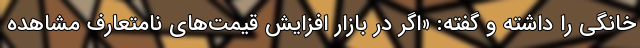
خانگی را داشته و گفته: «اگر در بازار افزایش قیمت‌های نامتعارف مشاهده